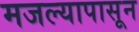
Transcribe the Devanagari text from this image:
मजल्यापासून